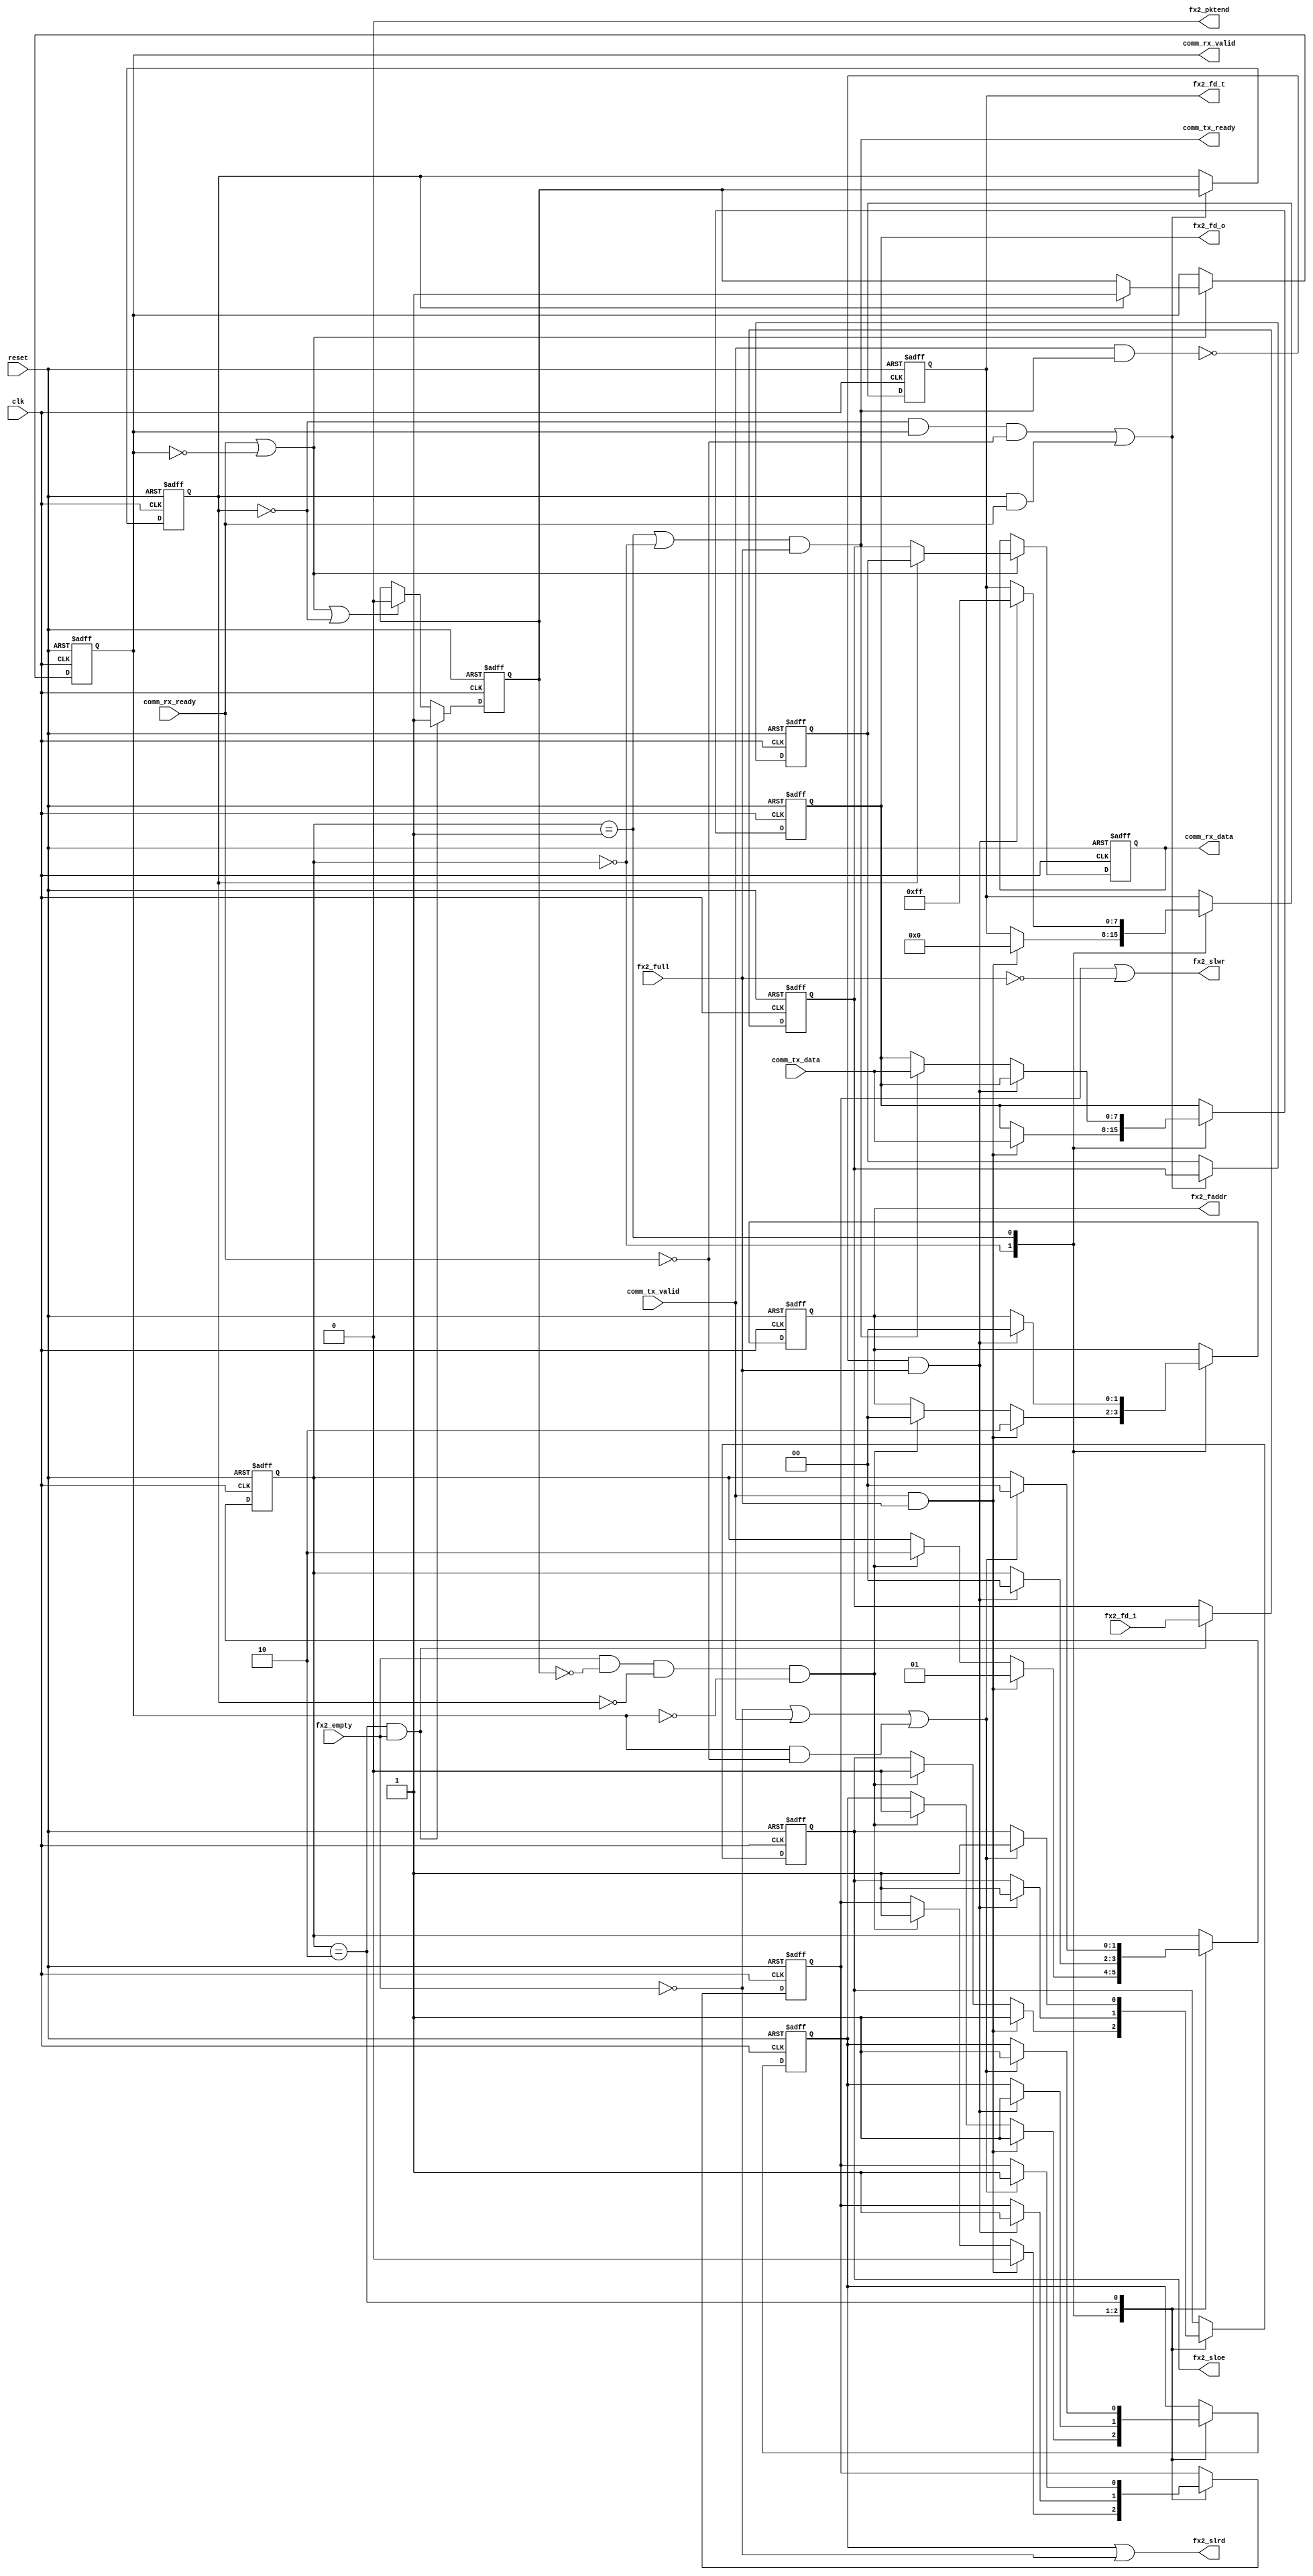
// ---------------------------------------------------------------------------
//  Jelly  -- The platform for real-time computing
//
//                                 Copyright (C) 2008-2015 by Ryuji Fuchikami
//                                 https://github.com/ryuz/jelly.git
// ---------------------------------------------------------------------------



`timescale       1ns / 1ps
`default_nettype none



// debug comm
module jelly_ezusbfx2_to_comm
        #(
            parameter   DATA_WIDTH         = 8,
            parameter   FX2_EMPTY_NEGATIVE = 1,
            parameter   FX2_FULL_NEGATIVE  = 1,
            parameter   FX2_SLWR_NEGATIVE  = 1,
            parameter   FX2_SLRD_NEGATIVE  = 1,
            parameter   FX2_SLOE_NEGATIVE  = 1,
            parameter   FX2_FADDR_RD       = 2'b00,
            parameter   FX2_FADDR_WR       = 2'b10
        )
        (
            // system
            input   wire                        reset,
            input   wire                        clk,
            
            // EZ-USB FX2
            input   wire                        fx2_empty,
            input   wire                        fx2_full,
            output  wire                        fx2_slwr,
            output  wire                        fx2_slrd,
            output  wire                        fx2_sloe,
            output  wire                        fx2_pktend,
            output  wire    [1:0]               fx2_faddr,
            output  wire    [DATA_WIDTH-1:0]    fx2_fd_t,   
            output  wire    [DATA_WIDTH-1:0]    fx2_fd_o,
            input   wire    [DATA_WIDTH-1:0]    fx2_fd_i,
            
            
            // comm port
            input   wire    [DATA_WIDTH-1:0]    comm_tx_data,
            input   wire                        comm_tx_valid,
            output  wire                        comm_tx_ready,
            output  wire    [DATA_WIDTH-1:0]    comm_rx_data,
            output  wire                        comm_rx_valid,
            input   wire                        comm_rx_ready
        );
    
    assign fx2_pktend = 1'b0;
    
    // state
    localparam  [1:0]   STATE_IDLE = 2'b00, STATE_WRITE = 2'b01, STATE_READ = 2'b10; 
    reg         [1:0]   reg_state;

    
    // flag
    wire                        flag_empty;
    wire                        flag_full;
    assign flag_empty = FX2_EMPTY_NEGATIVE ? ~fx2_empty : fx2_empty;
    assign flag_full  = FX2_FULL_NEGATIVE  ? ~fx2_full  : fx2_full;
    
    // FX2 I/F
    (* IOB="TRUE" *)    reg                         reg_slwr;
    (* IOB="TRUE" *)    reg                         reg_slrd;
    (* IOB="TRUE" *)    reg                         reg_sloe;
    (* IOB="TRUE" *)    reg     [1:0]               reg_faddr;
    (* IOB="TRUE" *)    reg     [DATA_WIDTH-1:0]    reg_fd_t;   
    (* IOB="TRUE" *)    reg     [DATA_WIDTH-1:0]    reg_fd_o;
    (* IOB="TRUE" *)    reg     [DATA_WIDTH-1:0]    reg_fd_i;
    
    // comm I/F
    reg                         reg_tx_ready;
    
    reg     [DATA_WIDTH-1:0]    reg_rx_data;
    reg                         reg_rx_valid;

    reg                         reg_rd_valid;

    reg     [DATA_WIDTH-1:0]    reg_buf_data;
    reg                         reg_buf_valid;
    
    assign fx2_slwr  = FX2_SLWR_NEGATIVE ? (reg_slwr | flag_full)  : (reg_slwr & ~flag_full);
    assign fx2_slrd  = FX2_SLRD_NEGATIVE ? (reg_slrd | flag_empty) : (reg_slwr & ~flag_empty); 
    assign fx2_sloe  = reg_sloe;
    assign fx2_faddr = reg_faddr;
    assign fx2_fd_t  = reg_fd_t;
    assign fx2_fd_o  = reg_fd_o;
    
    assign comm_tx_ready = (reg_state == STATE_WRITE || reg_state == STATE_IDLE) & !flag_full;
    assign comm_rx_data  = reg_rx_data;
    assign comm_rx_valid = reg_rx_valid;
    
    
    always @(posedge clk or posedge reset) begin
        if ( reset ) begin
            reg_state     <= STATE_IDLE;
            
            reg_slwr      <= FX2_SLWR_NEGATIVE ? 1'b1 : 1'b0;
            reg_slrd      <= FX2_SLRD_NEGATIVE ? 1'b1 : 1'b0;
            reg_sloe      <= FX2_SLOE_NEGATIVE ? 1'b1 : 1'b0;
            reg_faddr     <= 2'bxx;
            reg_fd_t      <= {DATA_WIDTH{1'b1}};
            reg_fd_o      <= {DATA_WIDTH{1'b0}};
            reg_fd_i      <= {DATA_WIDTH{1'b0}};
            
            reg_tx_ready  <= 1'b0;
            reg_rx_data   <= {DATA_WIDTH{1'b0}};
            reg_rx_valid  <= 1'b0;
            
            reg_rd_valid  <= 1'b0;
            reg_buf_data  <= {DATA_WIDTH{1'b0}};
            reg_buf_valid <= 1'b0;

        end
        else begin
            // state machine
            case ( reg_state )
            STATE_IDLE:
                begin
                    if ( comm_tx_valid & ~flag_full ) begin
                        reg_state    <= STATE_WRITE;
                        reg_tx_ready <= 1'b1;
                        reg_faddr    <= FX2_FADDR_WR;
                        reg_slwr     <= FX2_SLWR_NEGATIVE ? 1'b0 : 1'b1;
                        reg_slrd     <= FX2_SLRD_NEGATIVE ? 1'b1 : 1'b0;
                        reg_sloe     <= FX2_SLOE_NEGATIVE ? 1'b1 : 1'b0;
                        reg_fd_t     <= {DATA_WIDTH{1'b0}};
                        reg_fd_o     <= comm_tx_data;                       
                    end
                    else if ( ~flag_empty & ~reg_rd_valid & ~reg_buf_valid & ~comm_rx_valid ) begin
                        reg_state    <= STATE_READ;
                        reg_faddr    <= FX2_FADDR_RD;
                        reg_slwr     <= FX2_SLWR_NEGATIVE ? 1'b1 : 1'b0;
                        reg_slrd     <= FX2_SLRD_NEGATIVE ? 1'b0 : 1'b1;
                        reg_sloe     <= FX2_SLOE_NEGATIVE ? 1'b0 : 1'b1;
                    end
                end
            
            STATE_WRITE:
                begin
                    if ( !(comm_tx_valid & comm_tx_ready) & !flag_full ) begin
                        reg_state    <= STATE_IDLE;
                        reg_faddr    <= FX2_FADDR_RD;
                        reg_tx_ready <= 1'b0;
                        reg_slwr     <= FX2_SLWR_NEGATIVE ? 1'b1 : 1'b0;
                        reg_slrd     <= FX2_SLRD_NEGATIVE ? 1'b1 : 1'b0;
                        reg_sloe     <= FX2_SLOE_NEGATIVE ? 1'b1 : 1'b0;
                        reg_fd_t     <= {DATA_WIDTH{1'b1}};
                    end
                    else begin
                        reg_tx_ready <= !flag_full;
                        if ( comm_tx_ready ) begin
                            reg_fd_o <= comm_tx_data;
                        end
                    end
                end
                
            STATE_READ:
                begin
                    if ( flag_empty | comm_tx_valid | (comm_rx_valid & !comm_rx_ready) ) begin
                        reg_state <= STATE_IDLE;
                        reg_slwr  <= FX2_SLWR_NEGATIVE ? 1'b1 : 1'b0;
                        reg_slrd  <= FX2_SLRD_NEGATIVE ? 1'b1 : 1'b0;
                        reg_sloe  <= FX2_SLOE_NEGATIVE ? 1'b1 : 1'b0;
                    end
                end
            endcase
            
            // read data
            if ( (reg_state == STATE_READ) & ~flag_empty ) begin
                reg_rd_valid <= 1'b1;
                reg_fd_i     <= fx2_fd_i;
            end
            else if ( comm_rx_ready | !reg_rx_valid | !reg_buf_valid ) begin
                reg_rd_valid <= 1'b0;
            end
            
            // buf
            if ( (!reg_buf_valid & comm_rx_valid & !comm_rx_ready) | (reg_buf_valid & comm_rx_ready) ) begin
                reg_buf_valid <= reg_rd_valid;
                reg_buf_data  <= reg_fd_i;
            end
            
            // comm_rx
            if ( !comm_rx_valid | comm_rx_ready ) begin
                if ( reg_buf_valid ) begin
                    reg_rx_valid <= reg_buf_valid;
                    reg_rx_data  <= reg_buf_data;
                end
                else begin
                    reg_rx_valid <= reg_rd_valid;
                    reg_rx_data  <= reg_fd_i;
                end
            end
        end
    end
    
endmodule


`default_nettype wire


// end of file